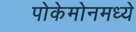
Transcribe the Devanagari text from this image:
पोकेमोनमध्ये